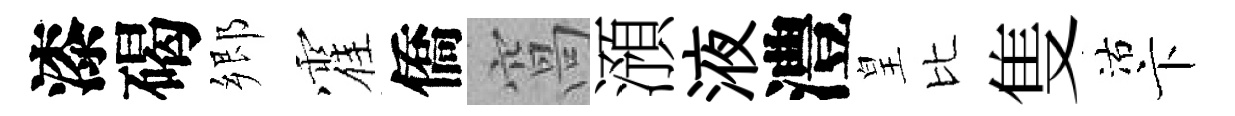
漆碣郷霍僑窩澦液澧皇比隻沽卞